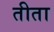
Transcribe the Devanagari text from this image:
तीता